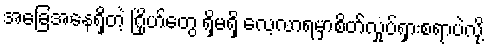
အခြေအနေရှိတဲ့ ဂြိုဟ်တွေ ရှိမရှိ လေ့လာရမှာစိတ်လှုပ်ရှားစရာပဲလို့